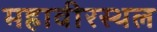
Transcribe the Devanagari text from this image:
महावीरस्थल